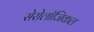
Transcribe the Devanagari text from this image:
सेरोलॉजिकल